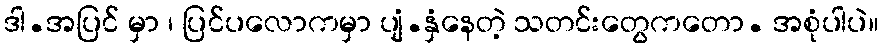
ဒါ.အပြင် မှာ ၊ ပြင်ပလောကမှာ ပျံ.နှံနေတဲ့ သတင်းတွေကတော. အစုံပါပဲ။